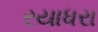
રયાધરા